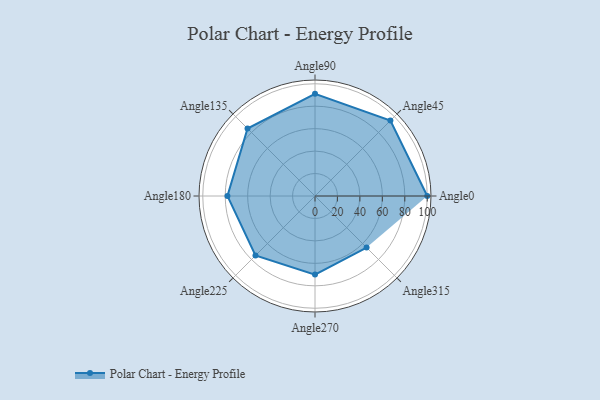
{"axis": {"x": "Angle", "y": "Radius"}, "legend": [""], "data": [{"x": "Angle0", "y": 100.0, "type": ""}, {"x": "Angle45", "y": 95.0, "type": ""}, {"x": "Angle90", "y": 91.0, "type": ""}, {"x": "Angle135", "y": 85.0, "type": ""}, {"x": "Angle180", "y": 78.0, "type": ""}, {"x": "Angle225", "y": 75.0, "type": ""}, {"x": "Angle270", "y": 70.0, "type": ""}, {"x": "Angle315", "y": 65.0, "type": ""}]}